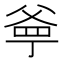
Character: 㸘